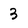
Character: 3